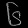
Digit: ၆